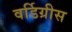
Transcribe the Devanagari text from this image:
वर्डिग्रीस